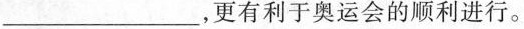
_____，更有利于奥运会的顺利进行。